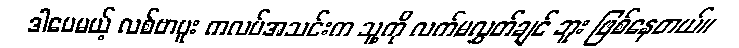
ဒါပေမယ့် လစ်ဗာပူး ကလပ်အသင်းက သူ့ကို လက်မလွှတ်ချင် ဘူး ဖြစ်နေတယ်။